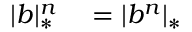
\begin{array} { r l } { | b | _ { * } ^ { n } } & { { } = | b ^ { n } | _ { * } } \end{array}